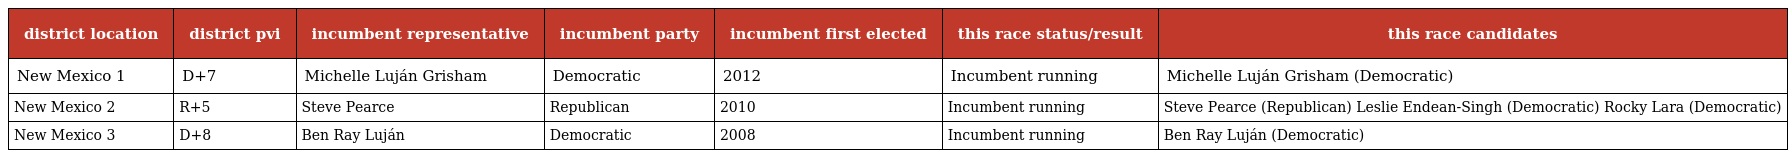
| district location | district pvi | incumbent representative | incumbent party | incumbent first elected | this race status/result | this race candidates |
 | --- | --- | --- | --- | --- | --- | --- |
 | New Mexico 1 | D+7 | Michelle Luján Grisham | Democratic | 2012 | Incumbent running | Michelle Luján Grisham (Democratic) |
 | New Mexico 2 | R+5 | Steve Pearce | Republican | 2010 | Incumbent running | Steve Pearce (Republican) Leslie Endean-Singh (Democratic) Rocky Lara (Democratic) |
 | New Mexico 3 | D+8 | Ben Ray Luján | Democratic | 2008 | Incumbent running | Ben Ray Luján (Democratic) |